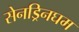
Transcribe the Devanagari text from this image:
सेनड्रिनघम